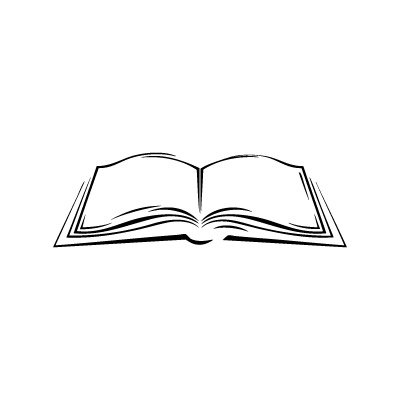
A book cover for Building Hybrid Android Apps with Java and JavaScript; Nizamettin Gok; Computers & Technology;